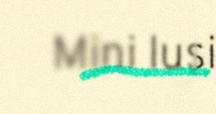
Mini lusi